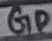
Text: GD